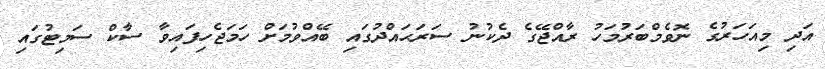
އަދި މިއަހަރުގެ ނޮވެމްބަރުމަހު ރާއްޖޭގެ ދެކުނު ސަރަޙައްދުގައި ބޭއްވުމަށް ހަމަޖެހިފައިވާ ސާކް ސަމިޓުގައި